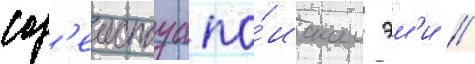
сод'еиствуа по́искам эм'и //